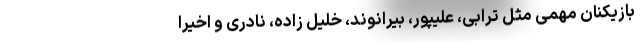
بازیکنان مهمی مثل ترابی، علیپور، بیرانوند، خلیل زاده، نادری و اخیراً